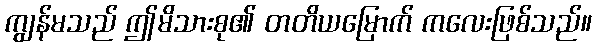
ကျွန်မသည် ဤမိသားစု၏ တတိယမြောက် ကလေးဖြစ်သည်။